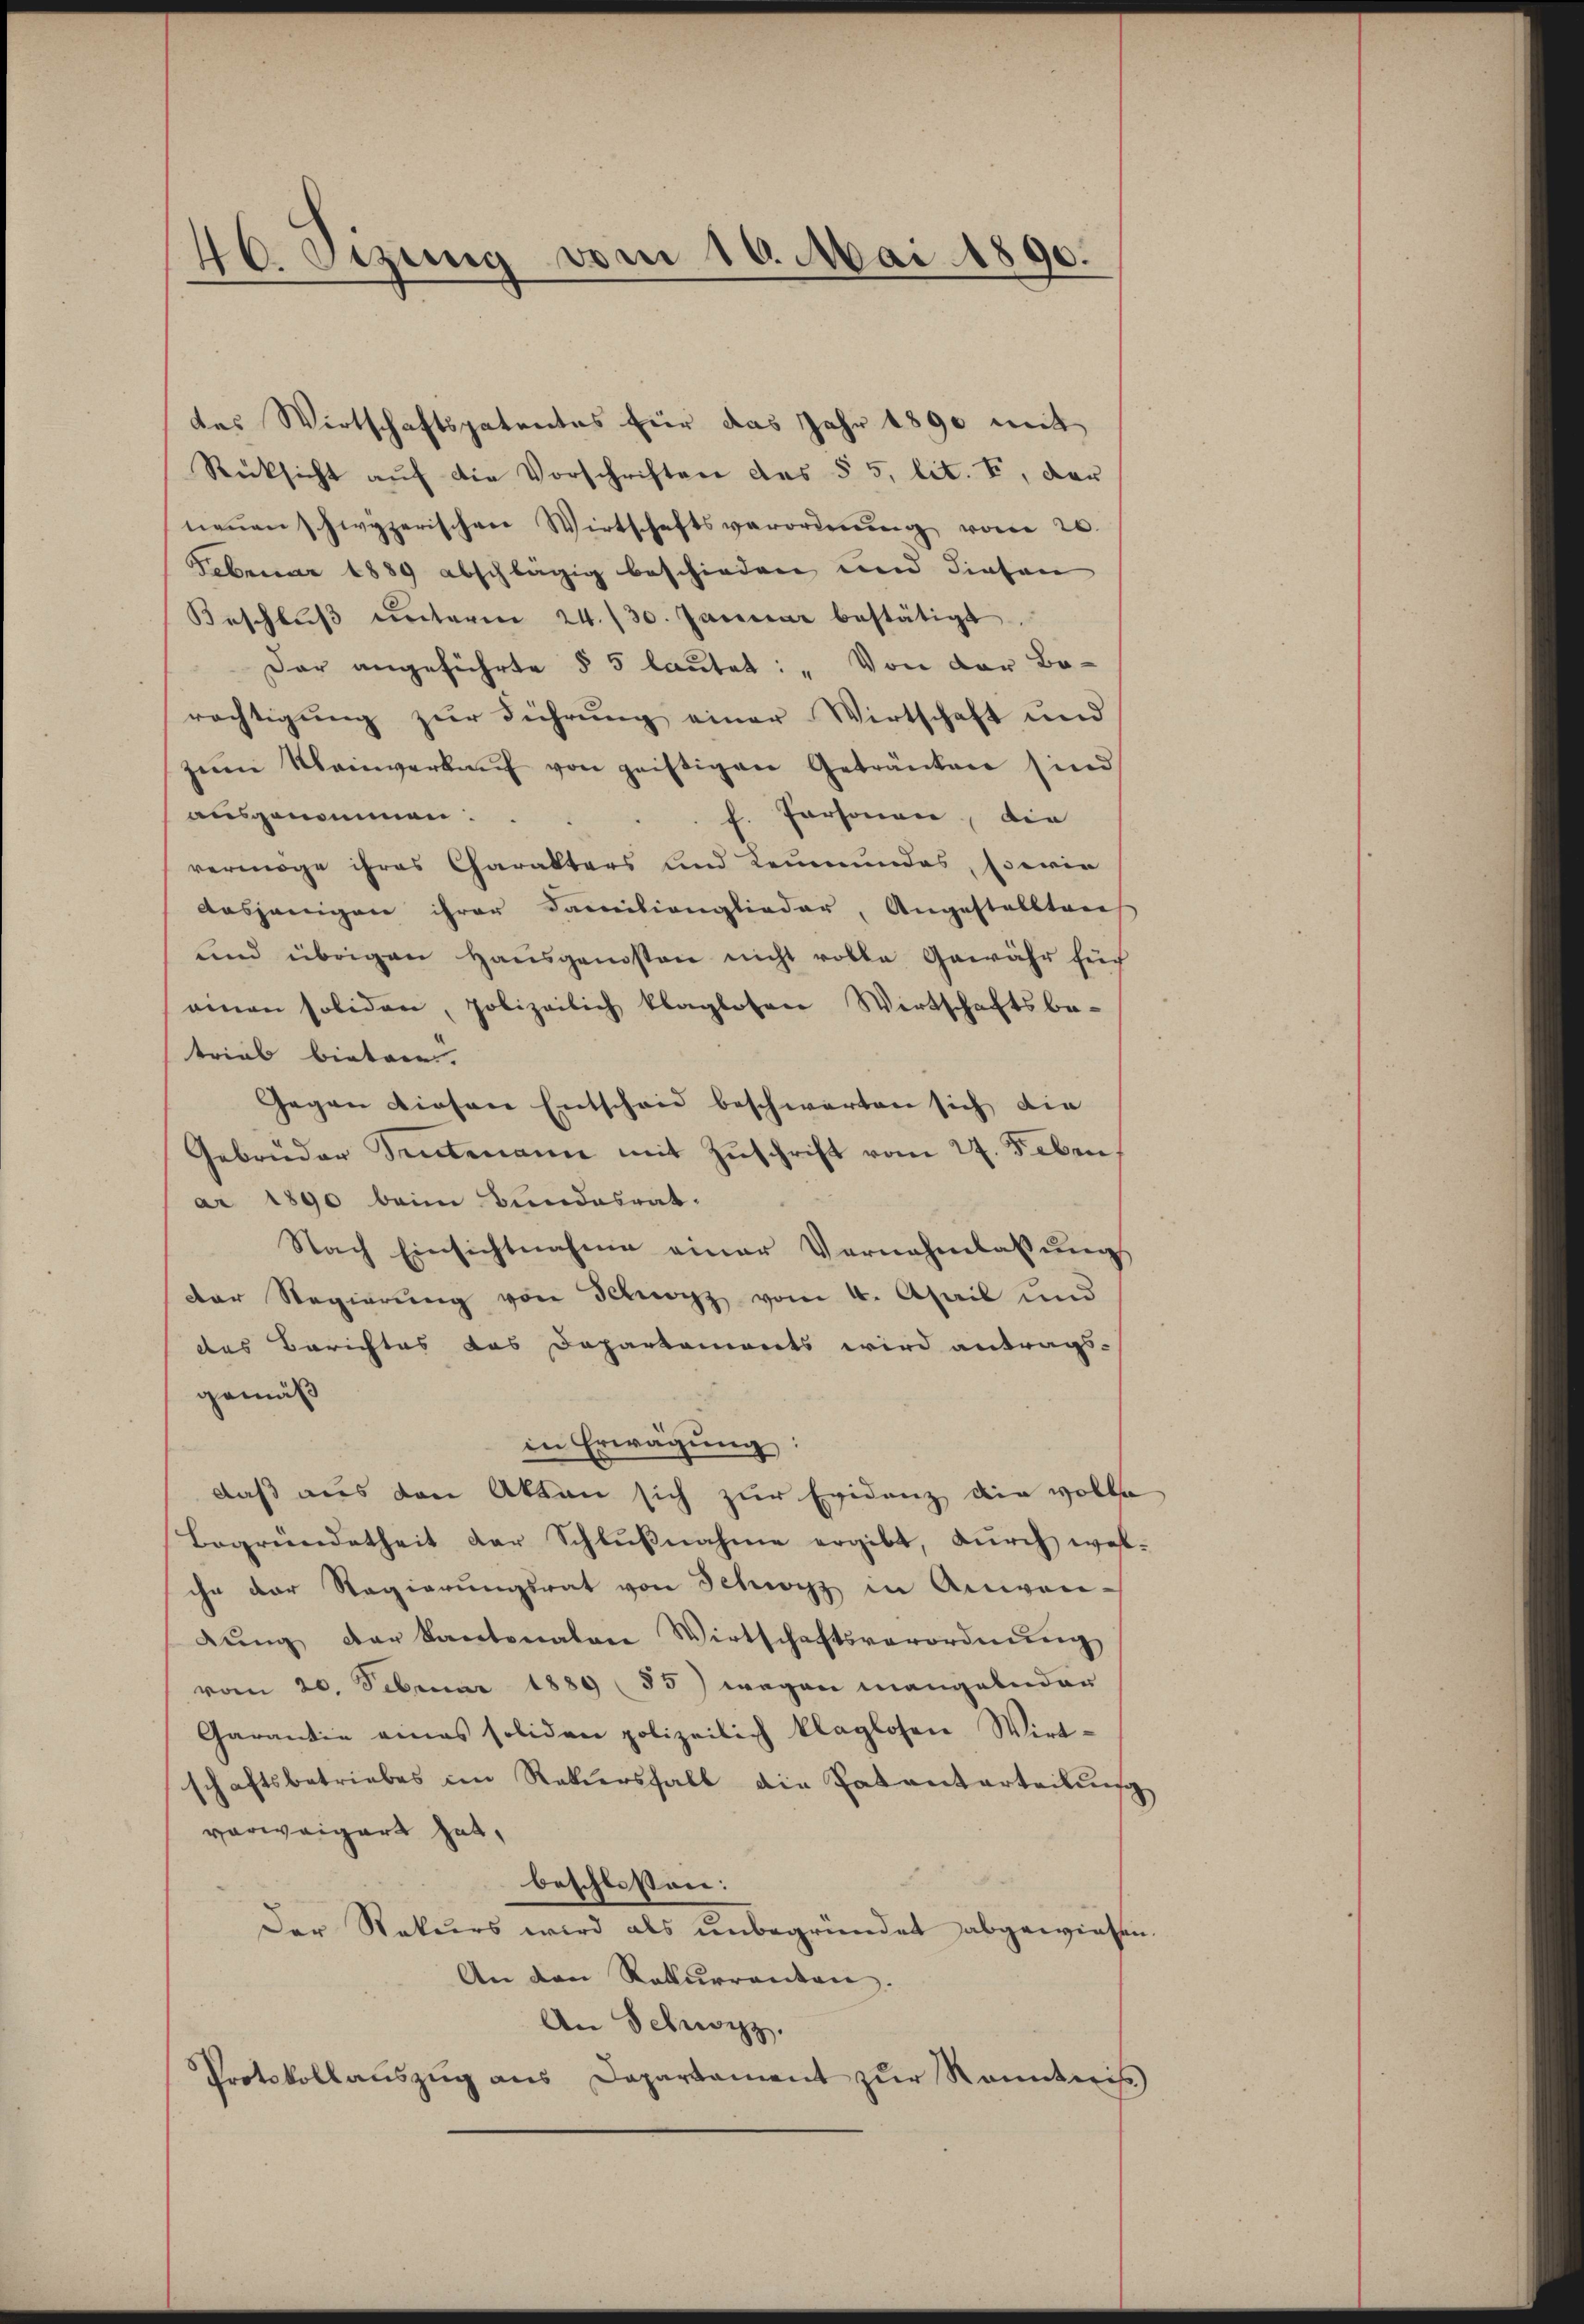
40. Sezung vom 16. Mai 1890.

des Wirtschaftspatentes für das Jahr 1890 mit
Rücksicht auf die Vorschriften des § 5, lit. I, der
neŭen Schwyzerischen Wirtschaftsverordnŭng vom 20.
Februar 1889 abschlägig beschieden und diesen
Beschlŭβ ŭnterm 24./30. Januar bestätigt.
Der angeführte § 5 lautet: „Von der Borechtigung zur Führung einer Wirtschaft und
zŭm Weinverkaŭf von geistigen Getränken sind
ausgenommen.
h. Personen, die
vermöge ihres Charakters und Leumundes, sowie
Aasjenigen ihrer Familienglieder, Angestalltare
und übrigen Haŭsgenosten nicht volle Gewähr füh
einen soliden, polizeilich klaglosen Wirtschaftsbe-
trieb bieten.
Gegen diesen Entscheid beschwarten sich die
Gebrüder Sentenanne mit Zŭschrift vom 27. Feben,
ar 1890 beim Bundesrat.
Nach Einsichtnahme einer Vernahmlassŭng
Der Regierung von Schwyz vom 4. April und
des Berichtes das Departemonts wird antrags-
gemäß
in Erwägung
daß aus den Akten sich zur Evidenz die volle
Begründetheit der Schlŭβnahme ergibt, dŭrch wel-
ihn der Regierŭngsrat von Schwyz in Anwendŭng der Kantonalen Wirtschaftsverordnŭng
vom 20. Februar 1889 (55) wegen mangelnder
Garantie eines soliden polizeilich klaglosen Wirt-
schaftsbetriebes im Rekursfall die Patanterteilŭng
vorweigert hat,
beschlossen:
Der Rekurs wird als unbegründet abgewiesen.
An den Rekurrenten.
An Schwyz.
Protokollauszug aus Departament zur Kenntniß